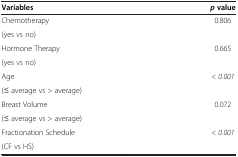
<table><thead><tr><td><b>Variables</b></td><td><b><i>p </i>value</b></td></tr></thead><tbody><tr><td>Chemotherapy</td><td rowspan="2">0.806</td></tr><tr><td>(yes vs no)</td></tr><tr><td>Hormone Therapy</td><td rowspan="2">0.665</td></tr><tr><td>(yes vs no)</td></tr><tr><td>Age</td><td rowspan="2"><i>&lt; 0.001</i></td></tr><tr><td>(≤ average vs &gt; average)</td></tr><tr><td>Breast Volume</td><td rowspan="2">0.072</td></tr><tr><td>(≤ average vs &gt; average)</td></tr><tr><td>Fractionation Schedule</td><td><i>&lt; 0.001</i></td></tr><tr><td>(CF vs HS)</td><td> </td></tr></tbody></table>